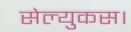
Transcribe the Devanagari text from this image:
सेल्युकस।